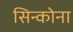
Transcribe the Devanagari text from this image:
सिन्कोना